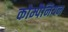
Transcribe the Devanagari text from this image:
कोम्पैनियन